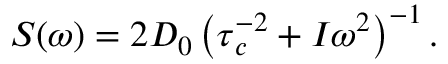
\boldsymbol { S } ( \omega ) = 2 D _ { 0 } \left( \boldsymbol { \tau } _ { c } ^ { - 2 } + \boldsymbol { I } \omega ^ { 2 } \right) ^ { - 1 } .